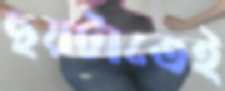
ছয়টাতেই